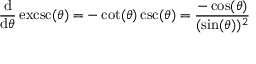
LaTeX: { \frac { \mathrm { d } } { \mathrm { d } \theta } } \operatorname { e x c s c } ( \theta ) = - \cot ( \theta ) \csc ( \theta ) = { \frac { - \cos ( \theta ) } { ( \sin ( \theta ) ) ^ { 2 } } }